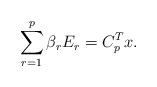
LaTeX: \begin{align*}\sum_{r=1}^p\beta_rE_r= C_p^Tx.\end{align*}